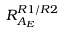
R _ { A _ { E } } ^ { R 1 / R 2 }